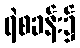
ရဲစခန်း၌